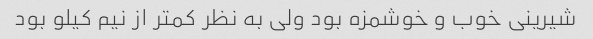
شیرینی خوب و خوشمزه بود ولی به نظر کمتر از نیم کیلو بود